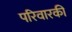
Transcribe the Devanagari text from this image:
परिवारकी